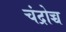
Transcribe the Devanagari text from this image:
चंद्रोच्च